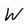
Character: W